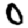
Digit: 0